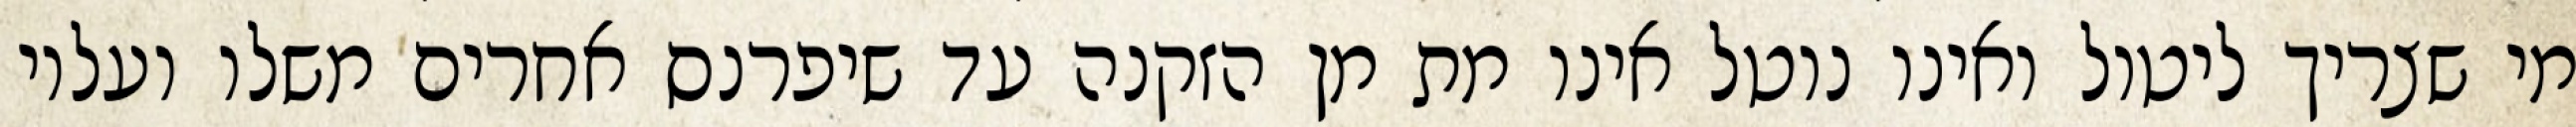
מי שצריך ליטול ואינו נוטל אינו מת מן הזקנה עד שיפרנס אחרים משלו ועליו